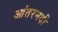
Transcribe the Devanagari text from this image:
आंतरनदी